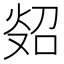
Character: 𪸲